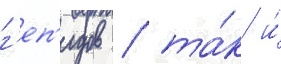
г'еп'идов / та́к и́